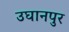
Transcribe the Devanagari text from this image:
उघानपुर